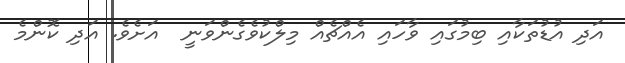
އަދި އުޑުތަކާއި ބިމުގައި ވާހައި އެއްޗެއް މިލްކުވެގެންވަނީ  އަށެވެ. އަދި ކޮންމެ